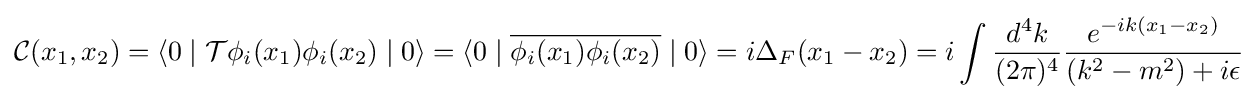
{\mathcal {C}}(x_{1},x_{2})=\left\langle 0\mid {\mathcal {T}}\phi _{i}(x_{1})\phi _{i}(x_{2})\mid 0\right\rangle =\langle 0\mid {\overline {\phi _{i}(x_{1})\phi _{i}(x_{2})}}\mid 0\rangle =i\Delta _{F}(x_{1}-x_{2})=i\int {{\frac {d^{4}k}{(2\pi )^{4}}}{\frac {e^{-ik(x_{1}-x_{2})}}{(k^{2}-m^{2})+i\epsilon }}}